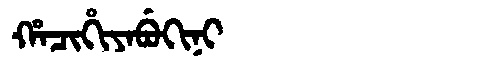
Manchu: ᡥᠠᠴᡳᡥᡳᠶᠠᠪᡠᡴᡳᠨᡳ
Romanization: HACIHIYABUKINI